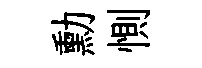
勳惻